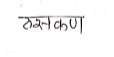
मजकूर: ठसकण